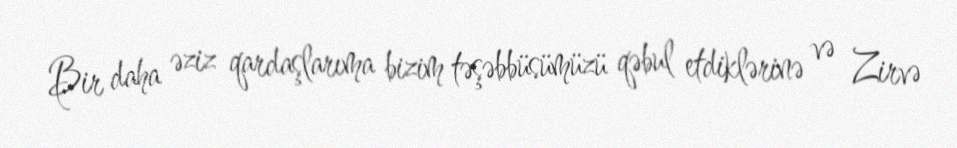
Bir daha əziz qardaşlarıma bizim təşəbbüsümüzü qəbul etdiklərinə və Zirvə